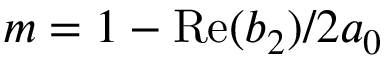
m = 1 - \mathrm { R e } ( b _ { 2 } ) / 2 a _ { 0 }